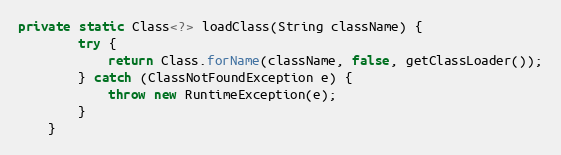
Language: Java
private static Class<?> loadClass(String className) {
        try {
            return Class.forName(className, false, getClassLoader());
        } catch (ClassNotFoundException e) {
            throw new RuntimeException(e);
        }
    }